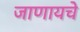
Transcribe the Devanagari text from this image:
जाणायचे